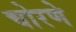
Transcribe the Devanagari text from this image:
चोरणे